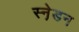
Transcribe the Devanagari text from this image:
स्ने़डन